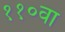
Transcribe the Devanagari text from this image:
११०वा